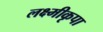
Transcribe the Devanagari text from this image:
लक्ष्मीकृपा